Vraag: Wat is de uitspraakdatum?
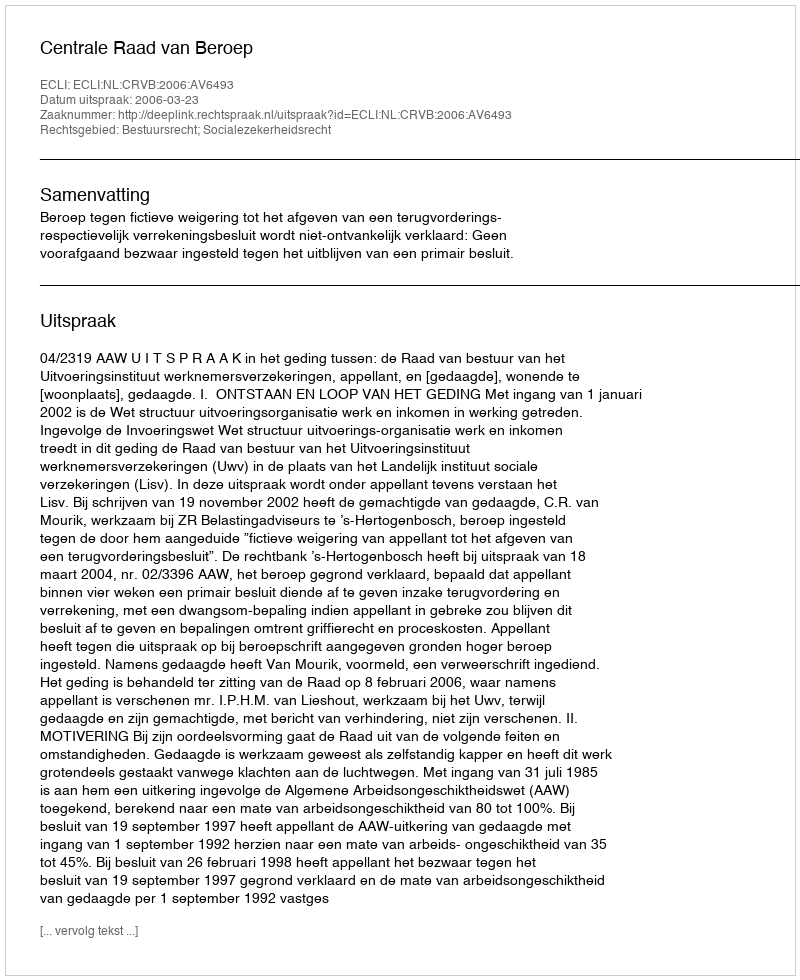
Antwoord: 2006-03-23